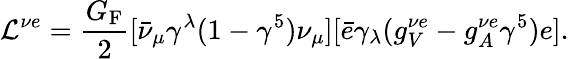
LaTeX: \mathcal{L}^{\nu e}=\frac{G_{\mathrm{F}}}{2}[\bar{\nu}_{\mu}\gamma^{\lambda}(1-\gamma^{5})\nu_{\mu}][\bar{e}\gamma_{\lambda}(g_{V}^{\nu e}-g_{A}^{\nu e}\gamma^{5})e].